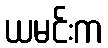
ယမင်းက